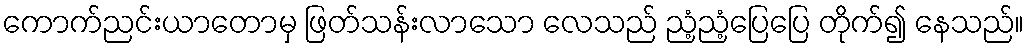
ကောက်ညင်းယာတောမှ ဖြတ်သန်းလာသော လေသည် ညံ့ညံ့ပြေပြေ တိုက်၍ နေသည်။